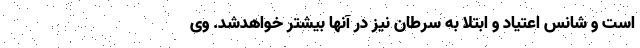
است و شانس اعتیاد و ابتلا به سرطان نیز در آنها بیشتر خواهدشد. وی